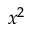
x ^ { 2 }